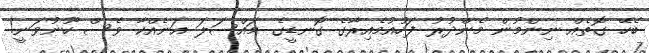
ބެހޭ ގޮތެއް ނިންމުން މެންދުރު ފަހުއުމެއިރާގެ ގޮނޑީގެ މައްސަލަ އަނެއްކާ ވެސް ހޫނުވަނީ!